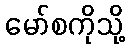
မော်စကိုသို့